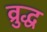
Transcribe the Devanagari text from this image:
व्रुद्ध